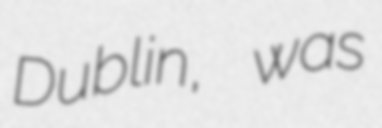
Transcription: Dublin, was